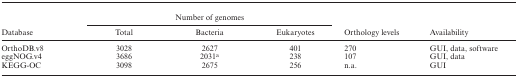
<table><thead><tr><td></td><td colspan="3"><b>Number of genomes</b></td><td></td><td></td></tr><tr><td><b>Database</b></td><td><b>Total</b></td><td><b>Bacteria</b></td><td><b>Eukaryotes</b></td><td><b>Orthology levels</b></td><td><b>Availability</b></td></tr></thead><tbody><tr><td>OrthoDB.v8</td><td>3028</td><td>2627</td><td>401</td><td>270</td><td>GUI, data, software</td></tr><tr><td>eggNOG.v4</td><td>3686</td><td>2031<sup>a</sup></td><td>238</td><td>107</td><td>GUI, data</td></tr><tr><td>KEGG-OC</td><td>3098</td><td>2675</td><td>256</td><td>n.a.</td><td>GUI</td></tr></tbody></table>